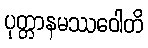
ပုတ္တာနမဿဝေါတိ